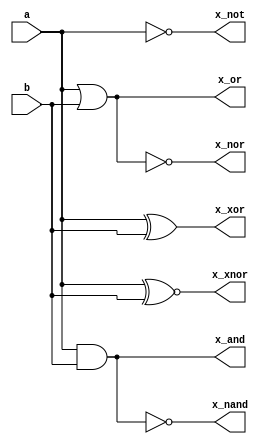
module mycombine(x_or,x_and,x_xor,x_not,x_xnor,x_nand,x_nor,a,b);
	output x_or,x_xor,x_and,x_nand,x_xnor,x_nor,x_not;
	input a,b;
	assign x_and = (a & b);
	assign x_or = (a | b);
	assign x_xor = (a ^ b);
	assign x_not = (!a);
	assign x_nor = (a ~| b);
	assign x_xnor = (a ~^ b);
	assign x_nand = (a ~& b);
endmodule		


module impand;
	reg a,b;
	wire y_or,y_xor,y_and,y_not,y_xnor,y_nand,y_nor;

	mycombine o(y_or,y_and,y_xor,y_not,y_xnor,y_nand,y_nor,a,b);
	initial begin
		a = 1'b0; b= 1'b0; //00
		#10
		a = 1'b0; b= 1'b1; //01
		#10
		a = 1'b1; b= 1'b0; //10
		#10
		a = 1'b1; b= 1'b1; //11
		#10
	$finish;
	end

	initial begin
		$monitor("a=%d, b=%d, y_or=%d, y_xor=%d, y_and=%d, y_not=%d, y_xnor=%d, y_nand=%d, y_nor=%d \n",a,b,y_or,y_xor,y_and,y_not,y_xnor,y_nand,y_nor);
	end
endmodule